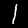
Digit: 1